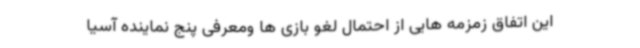
این اتفاق زمزمه هایی از احتمال لغو بازی ها ومعرفی پنج نماینده آسیا